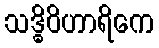
သဒ္ဓိဝိဟာရိကေ